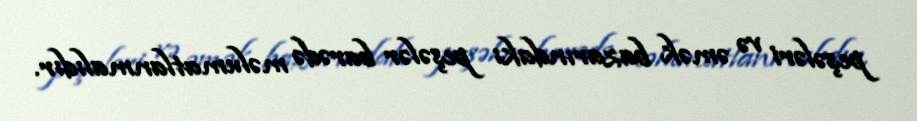
peşələri və əmək bazarındakı peşələr barədə məlumatlanmalıdır.